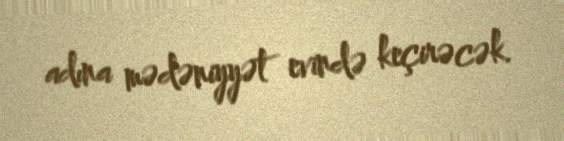
adına mədəniyyət evində keçirəcək.